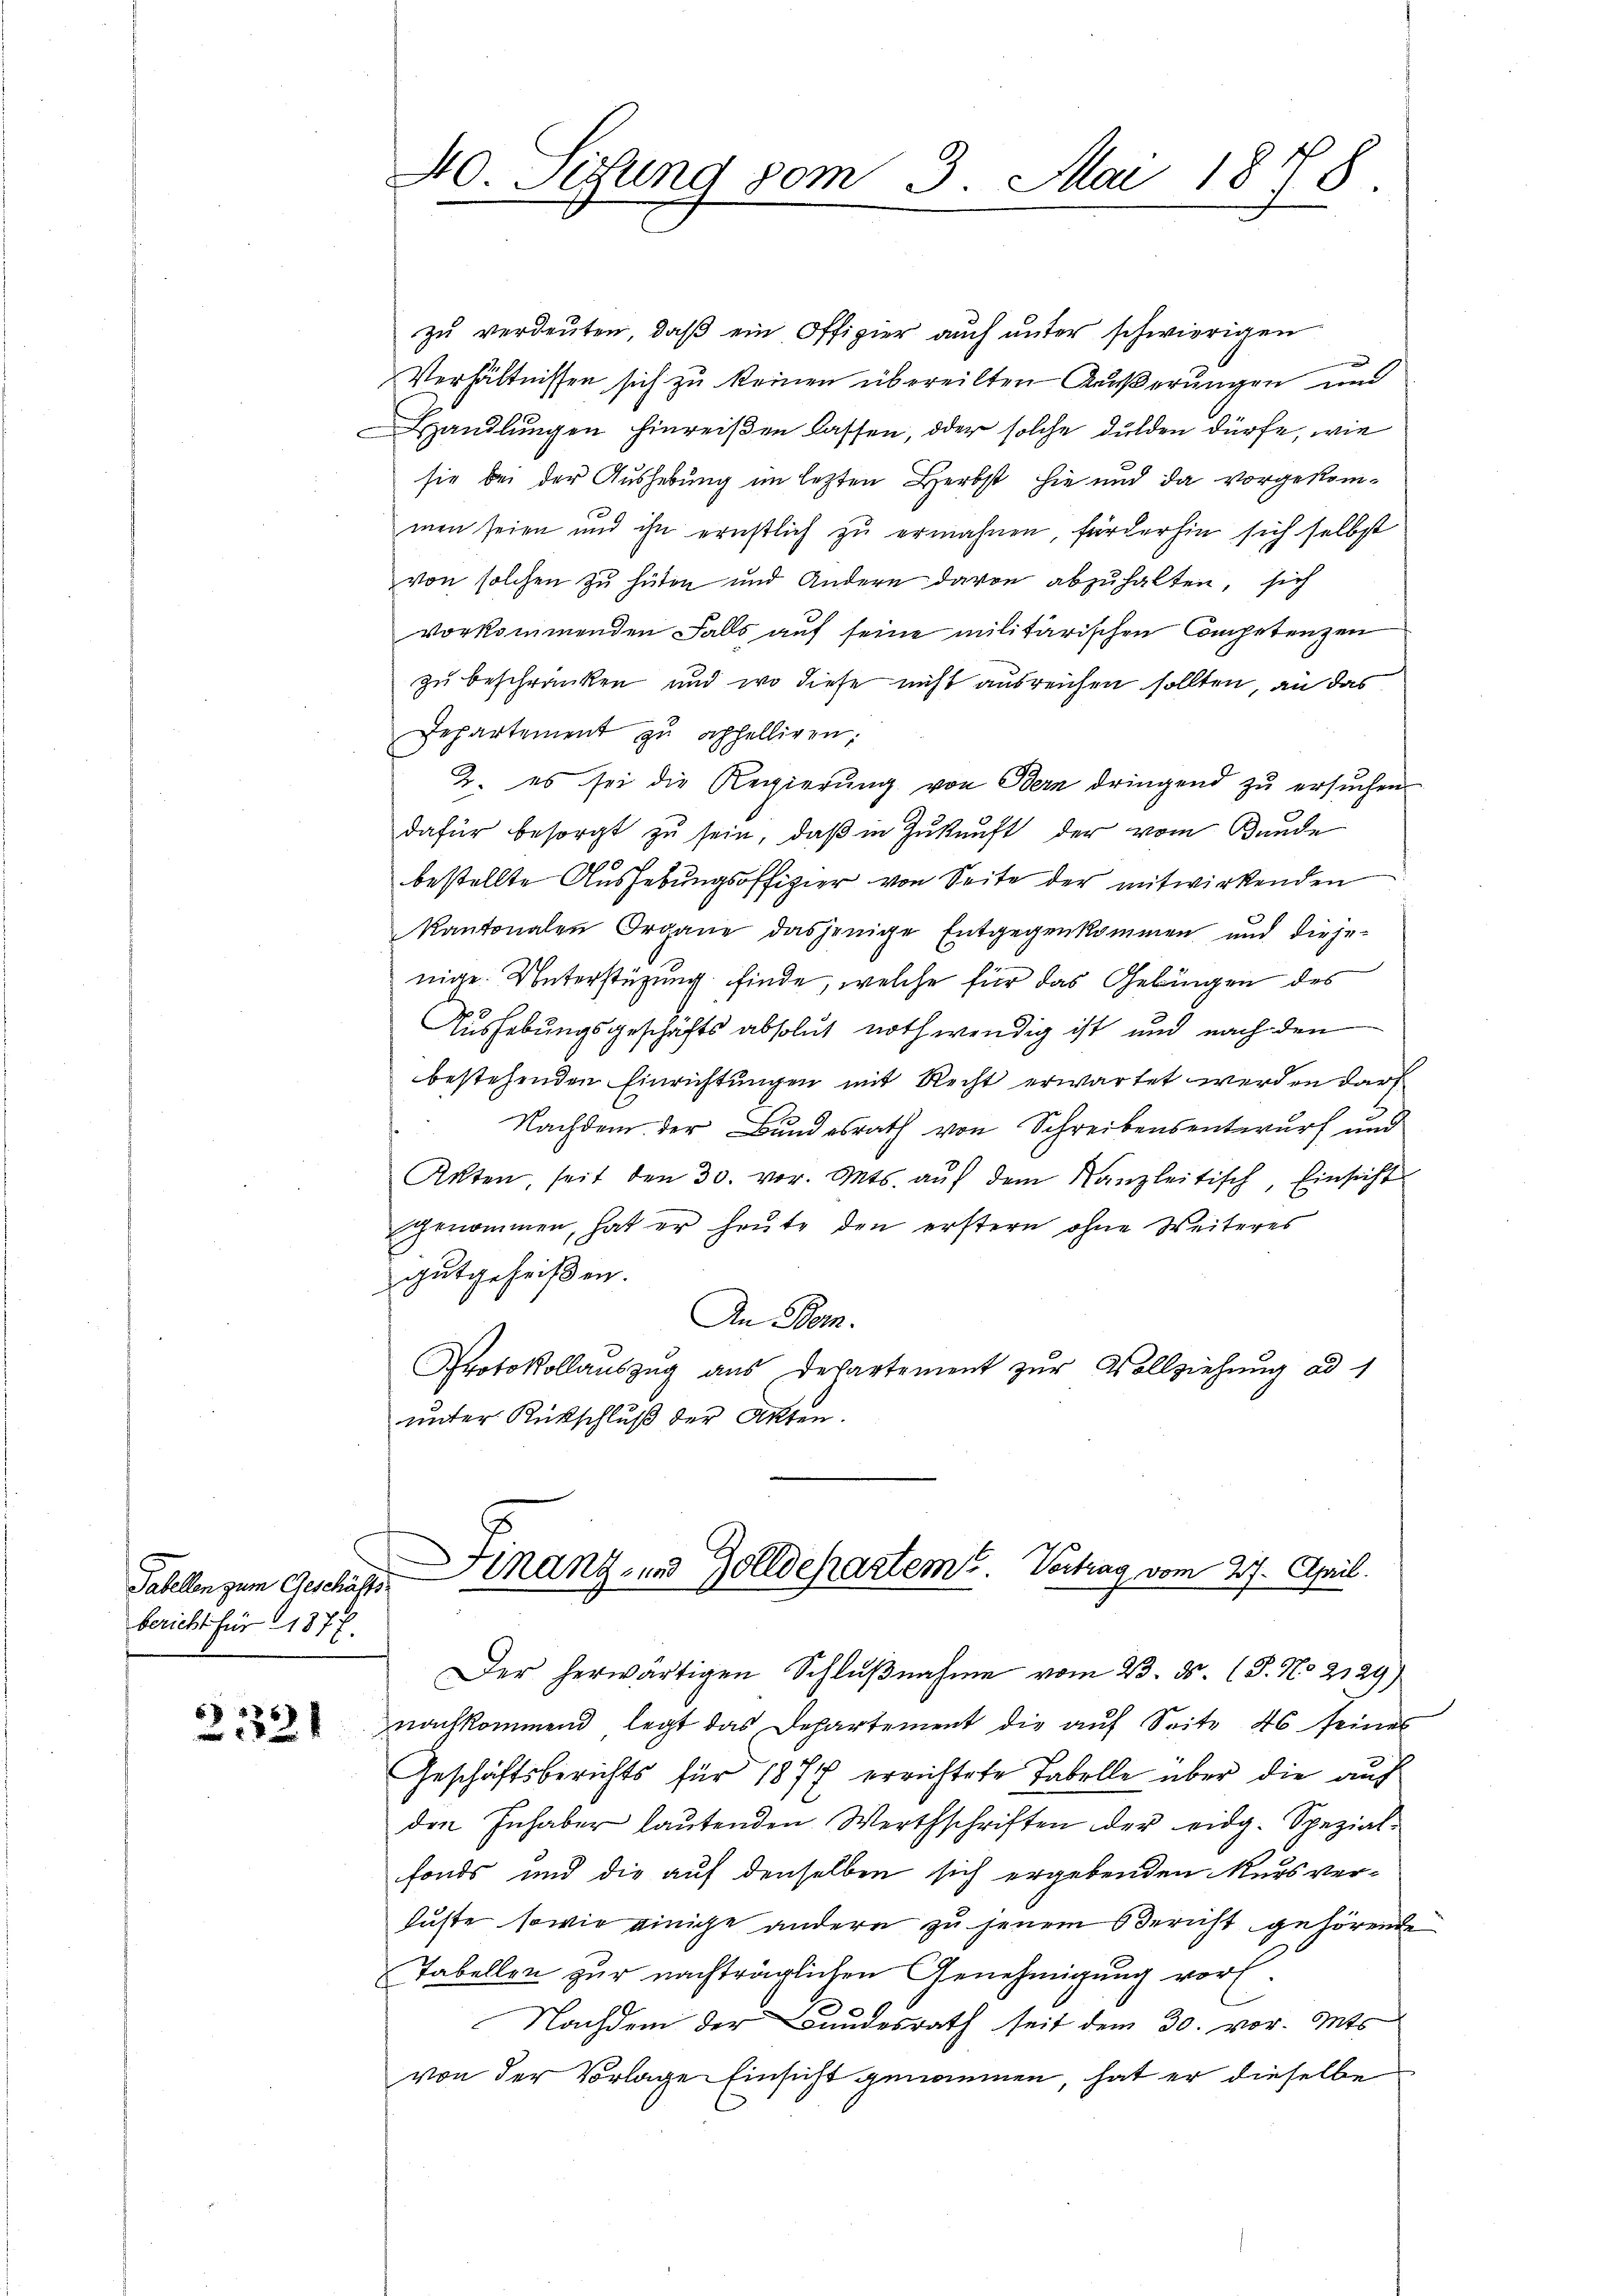
Tabellen zum Geschäftsbericht für 1877.

3333

zu verdeuten, daß ein Offizier auch unter schwierigen
Verhältnissen sich zu keinen übereilten Äußerungen und
Handlungen hinreißen lassen, oder solche dulden dürfe, wie
sie bei der Aushebung im lezten Herbst hie und da vorgekommen seien und ihn ernstlich zu erwähnen, förderhin sich selbst
von solchen zu hüten und Andere davon abzuhalten, sich
vorkommenden Falls auf seine militärischen Competenzen
zu beschränken und wo diese nicht ausreichen sollten, an das
Departement zŭ aphelligen:
2. es sei die Regierŭng von Bern dringend zŭ ersŭchen
dafür besorgt zŭ sein, daβ in Zukunft der vom Bunde
bestellte Aushebungsoffizier von Seite der mitwirkenden
Kantonalen Organe dasjenige Entgegenkommen und dieje-
nige Unterstüzung finde, welche für das Gebingen des
Aushebungsgeschäfts absolut nothwendig ist und nach den
bestehenden Einrichtungen mit Recht erwartet werden darf
Nachdem der Bundesrath von Schreibensentwurf und
Akten, seit den 30. vor. Mts. auf dem Kanzleitisch, Einsicht
genommen, hat er heute den erstern ohne Weiteres
gutgeheißen.
An Bern.
Protokollauszug aus Departement zur Vollziehung ad 1
unter Rückschluß der Akten.

40. Sitzung vom 3. Mai 1888

Finanz- und Zolldepartem Vertrag vom 27. April.

Der herwärtigen Schlŭβnahme vom 23. ds. (T. No 2129)
nachkommend legt das Departement die auf Seite 46 seines
Geschäftsberichts für 1877 errichtete Tabelle über die auch
den Inhaber laŭtenden Werthschriften der eidg. Spezial-
fonds und die auf denselben sich ergebenden Kurs ver-
huste, sowie einige andern zu jenem Bericht gehörende
Tabellen zur nachträglichen Genehmigung vor¬
Nachdem der Bundesrath seit dem 30. vor. Mts
von der Vorlage Einsicht genommen, hat er dieselbe